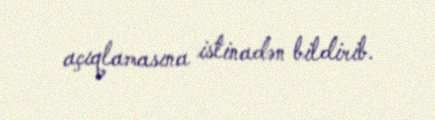
açıqlamasına istinadən bildirib.